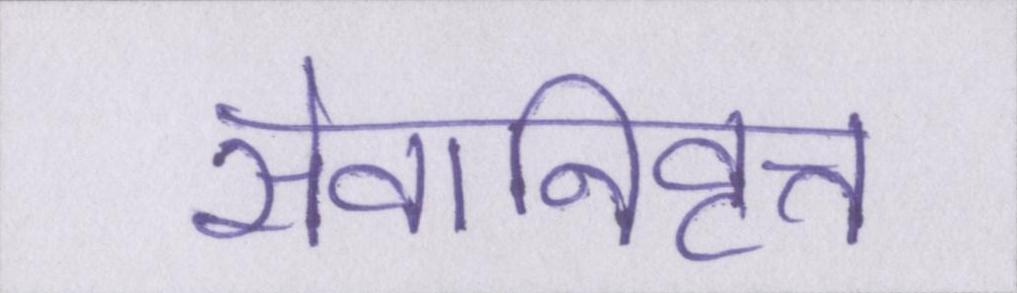
सेवानिवृत्त